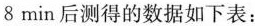
8min后测得的数据如下表：